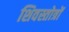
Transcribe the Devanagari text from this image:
शिवस्तोत्रों